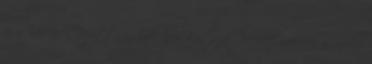
ez a Velencei Bizottságnak nem tetszik 20:41Egekben a Nike,